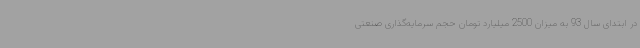
در ابتدای سال 93 به میزان 2500 میلیارد تومان حجم سرمایه‌گذاری صنعتی